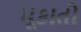
મૂકાતો